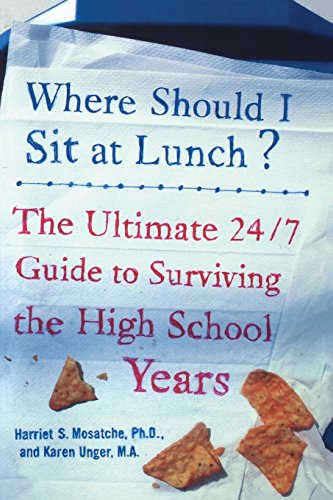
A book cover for Where Should I Sit at Lunch? The Ultimate 24/7 Guide to Surviving the High School Years; Harriet S. Mosatche; Teen & Young Adult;